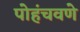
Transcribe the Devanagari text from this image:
पोहंचवणे